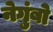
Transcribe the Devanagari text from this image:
नेगुंबो